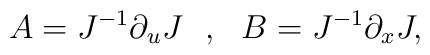
A=J^{-1}\partial_uJ\:\:\:,\:\:\:B=J^{-1}\partial_xJ,